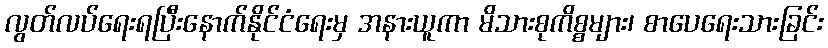
လွတ်လပ်ရေးရပြီးနောက်နိုင်ငံရေးမှ အနားယူကာ မိသားစုကိစ္စများ၊ စာပေရေးသားခြင်း